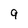
Character: 9